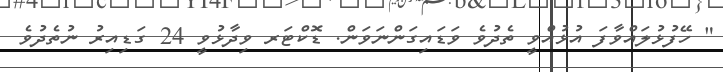
" ހޭފުޅުލައްވާފަ އުޅުއްވީ ތެދުވެ ވަޑައިގަންނަވަން. ޑޮކްޓަރ ވިދާޅުވީ 24 ގަޑިއިރު ނުތެދުވެ